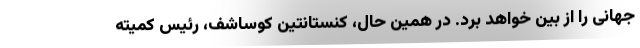
جهانی را از بین خواهد برد. در همین حال، کنستانتین کوساشف، رئیس کمیته